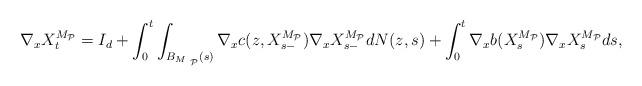
LaTeX: \begin{align*}\nabla_x{X}_{t}^{M_{{\mathcal{P}}}}=I_d+\int_{0}^{t}\int_{B_{M_{ {\ \mathcal{P}}}}(s)}\nabla_xc(z,{X}_{s-}^{M_{{\mathcal{P}}}})\nabla_x {X}_{s-}^{M_{{\mathcal{P}}}}dN(z,s)+\int_{0}^{t}\nabla_x b({X} _{s}^{M_{{\mathcal{P}}}})\nabla_x{X}_s^{M_{{\mathcal{P}}}}ds,\end{align*}